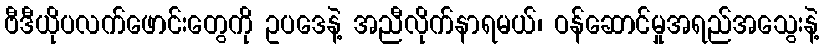
ဗီဒီယိုပလက်ဖောင်းတွေကို ဥပဒေနဲ့ အညီလိုက်နာရမယ်၊ ဝန်ဆောင်မှုအရည်အသွေးနဲ့